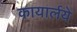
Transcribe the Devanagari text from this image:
कायार्लये